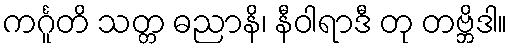
ကင်္ဂူတိ သတ္တ ဓညာနိ၊ နီဝါရာဒီ တု တဗ္ဘိဒါ။